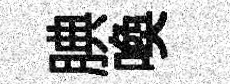
腆喚